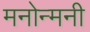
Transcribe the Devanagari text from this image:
मनोन्मनी